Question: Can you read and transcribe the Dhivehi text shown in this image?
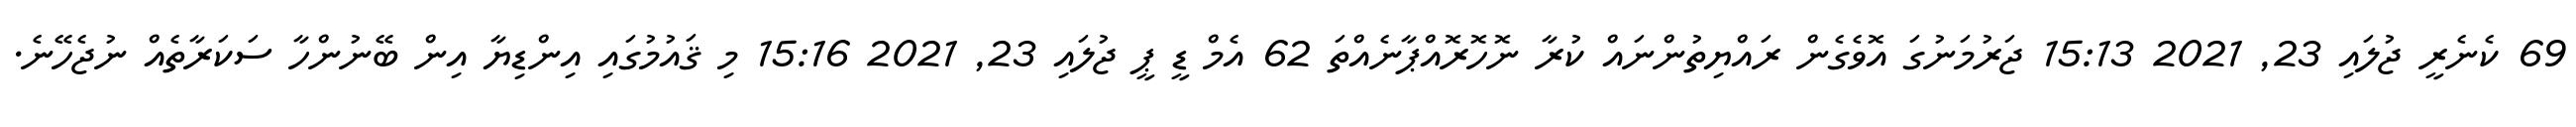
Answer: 69 ކެނެރީ ޖުލައި 23, 2021 15:13 ޖަރުމަނުގަ އޮވެގެން ރައްޔިތުންނައް ކުރާ ނޮހޮރޮއްޕާނެއްތަ 62 އެމް ޑީ ޕީ ޖުލައި 23, 2021 15:16 މި ޤައުމުގައި އިންޑިޔާ އިން ބޭނުންހާ ސަކަރާތެއް ނުޖެހޭނެ.